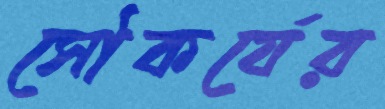
সৌকর্যের